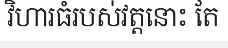
វិហារធំរបស់វត្តនោះ តែ